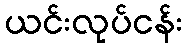
ယင်းလုပ်ငန်း